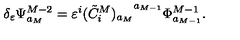
\delta _ { \varepsilon } \Psi _ { a _ { M } } ^ { M - 2 } = \varepsilon ^ { i } { ( \tilde { C } _ { i } ^ { M } ) _ { a _ { M } } } ^ { a _ { M - 1 } } { \Phi } _ { a _ { M - 1 } } ^ { M - 1 } .